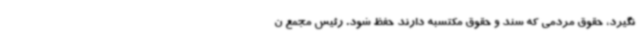
نگیرد، حقوق مردمی که سند و حقوق مکتسبه دارند حفظ شود. رئیس مجمع ن